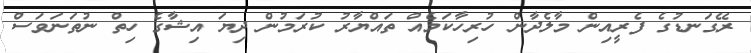
ރޭގަނޑުގެ ފެރީއިން މާލެދާން ހުރިހާކަމެއް ތައްޔާރު ކުރަމުން ދިޔަ އިޝާގެ ހިތް ނުތަނަވަސް